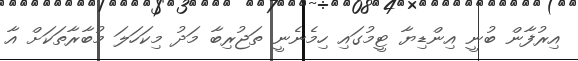
އިރުފާން ބުނީ އިންޑިޔާ ޓީމުގައި ހިމެނެނީ ތަޖުރިބާ މަދު މިކަހަލަ މުބާރާތަކަށް އާ